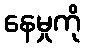
နေမှုကို